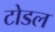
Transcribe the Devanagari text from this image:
टोडल